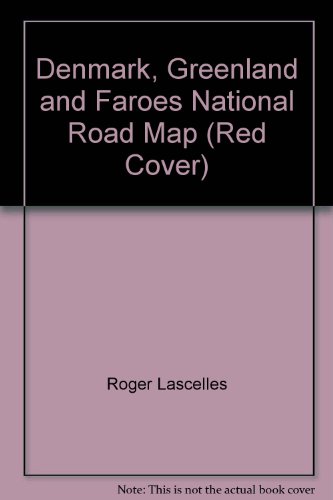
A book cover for Denmark, Greenland and Faroes National Road Map (Red Cover); Roger Lascelles; Travel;